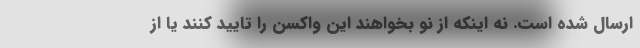
ارسال شده است. نه اینکه از نو بخواهند این واکسن را تایید کنند یا از